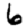
Digit: 6